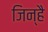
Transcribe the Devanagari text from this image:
जिन्है